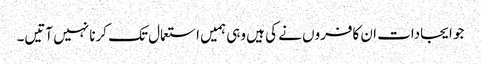
جو ایجادات ان کافروں نے کی ہیں وہی ہمیں استعمال تک کرنا نہیں آتیں۔